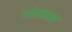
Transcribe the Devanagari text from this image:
यांनापण